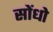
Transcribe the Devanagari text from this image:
सोंधो